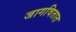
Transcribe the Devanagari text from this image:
जागवितात